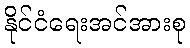
နိုင်ငံရေးအင်အားစု